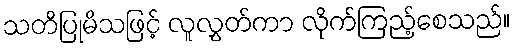
သတိပြုမိသဖြင့် လူလွှတ်ကာ လိုက်ကြည့်စေသည်။